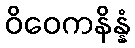
ဝိဝေကနိန္နံ